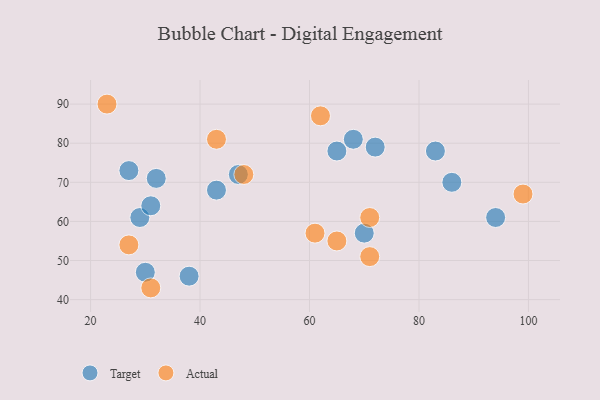
{"axis": {"x": "GDP", "y": "Life Expectancy"}, "legend": ["Actual", "Target"], "data": [{"x": "27", "y": 73, "type": "Target"}, {"x": "86", "y": 70, "type": "Target"}, {"x": "94", "y": 61, "type": "Target"}, {"x": "43", "y": 68, "type": "Target"}, {"x": "47", "y": 72, "type": "Target"}, {"x": "29", "y": 61, "type": "Target"}, {"x": "72", "y": 79, "type": "Target"}, {"x": "68", "y": 81, "type": "Target"}, {"x": "31", "y": 64, "type": "Target"}, {"x": "32", "y": 71, "type": "Target"}, {"x": "83", "y": 78, "type": "Target"}, {"x": "70", "y": 57, "type": "Target"}, {"x": "38", "y": 46, "type": "Target"}, {"x": "65", "y": 78, "type": "Target"}, {"x": "30", "y": 47, "type": "Target"}, {"x": "71", "y": 51, "type": "Actual"}, {"x": "62", "y": 87, "type": "Actual"}, {"x": "23", "y": 90, "type": "Actual"}, {"x": "31", "y": 43, "type": "Actual"}, {"x": "48", "y": 72, "type": "Actual"}, {"x": "65", "y": 55, "type": "Actual"}, {"x": "99", "y": 67, "type": "Actual"}, {"x": "27", "y": 54, "type": "Actual"}, {"x": "43", "y": 81, "type": "Actual"}, {"x": "61", "y": 57, "type": "Actual"}, {"x": "71", "y": 61, "type": "Actual"}]}